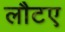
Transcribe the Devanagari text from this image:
लौटए